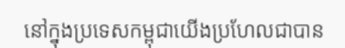
នៅក្នុងប្រទេសកម្ពុជាយើងប្រហែលជាបាន